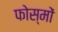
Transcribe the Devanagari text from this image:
फोस्मों